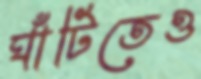
ঘাঁটিতেও